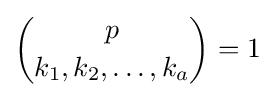
{p \choose k_{1},k_{2},\ldots ,k_{a}}=1